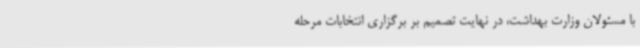
با مسئولان وزارت بهداشت، در نهایت تصمیم بر برگزاری انتخابات مرحله